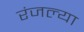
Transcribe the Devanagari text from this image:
रंजल्या